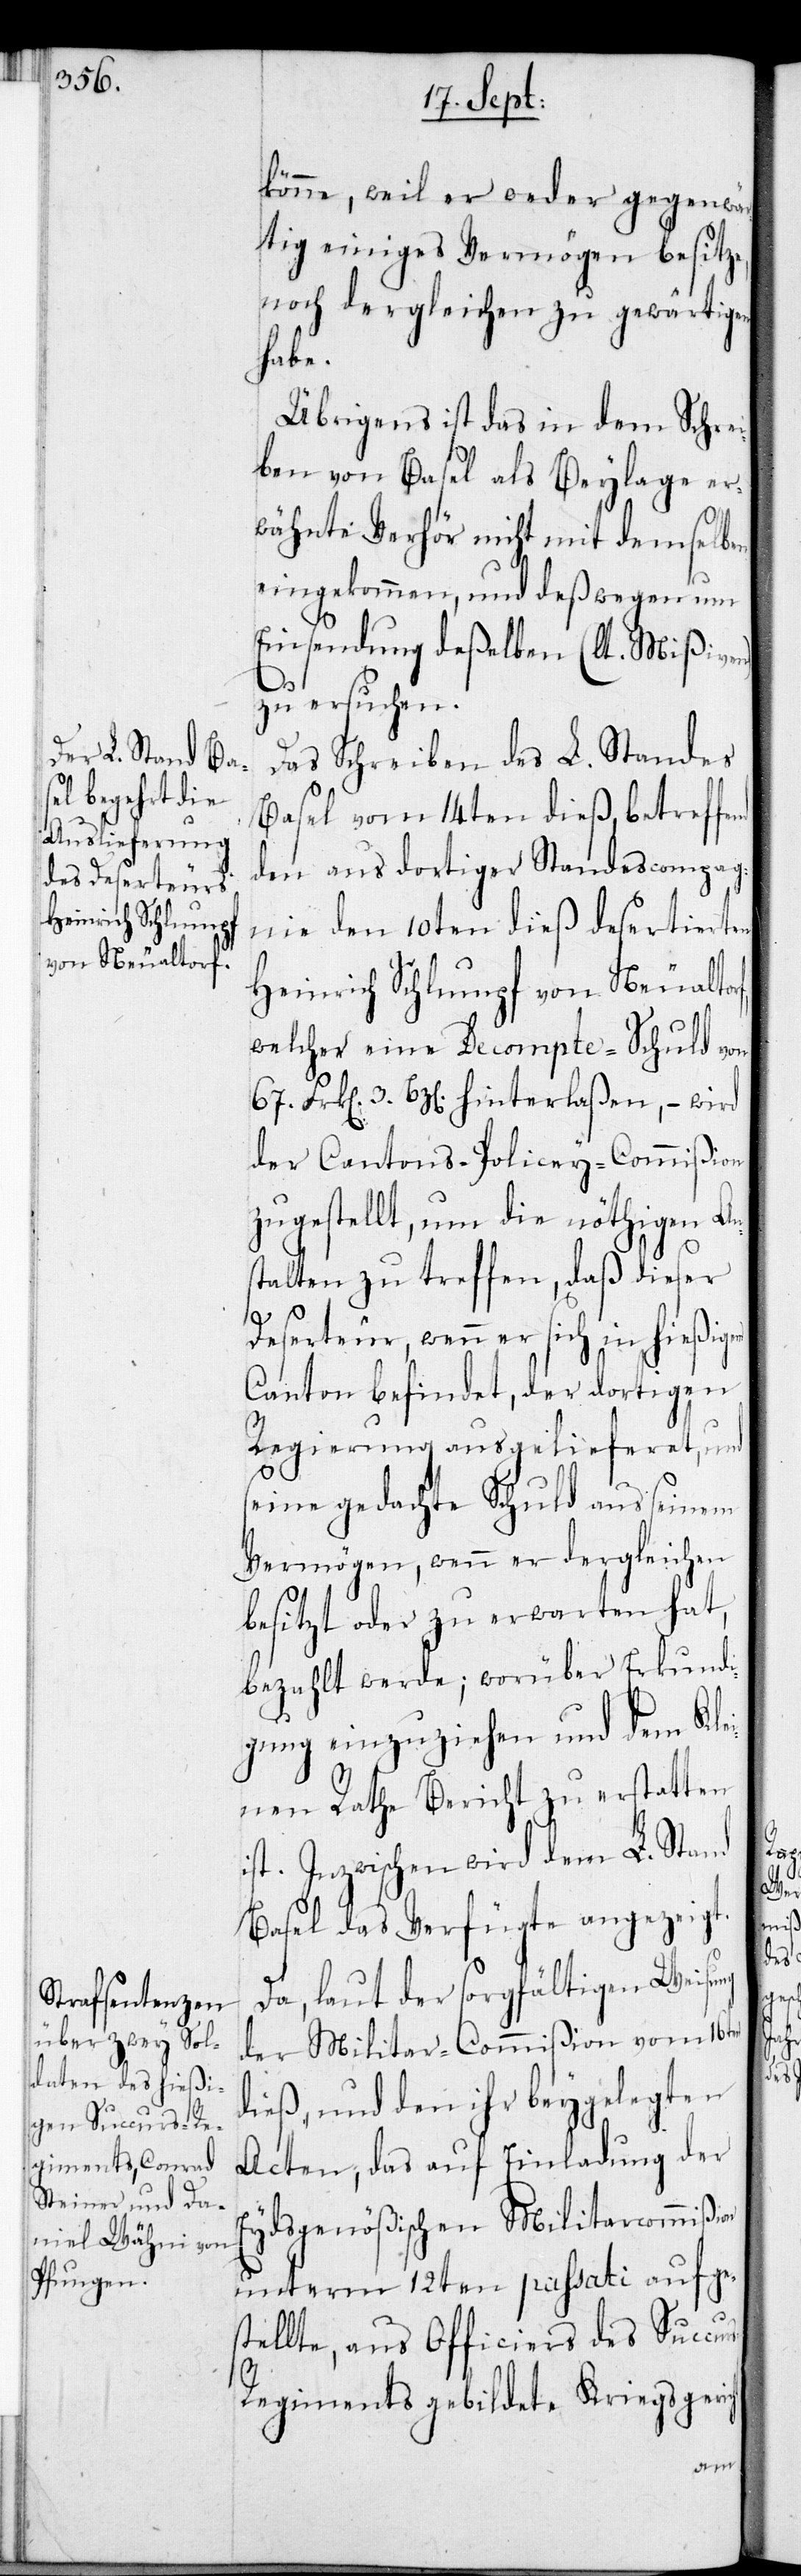
Heinrich Schlumpf
von Neualtorf,

könne, weil er weder gegenwär¬
tig einiges Vermögen besitze,
noch dergleichen zu gewärtigen
habe.
Übrigens ist das in dem Schrei¬
ben von Basel als Beylage er¬
wähnte Verhör nicht mit demselben
eingekommen, und deßwegen nun
Einsendung deßelben (lt. Mißiven)
zu ersuchen.
Das Schreiben des L. Standes
Basel vom 14ten dieß, betreffend
den aus dortiger Standescompag¬
nie den 10ten dieß desertierten
welcher eine Decompte-Schuld von
3. Bz[en] hinterlaßen, – wird
der Cantons-Policey-Commißion
zugestellt, um die nöthigen Ans¬
talten zu treffen, daß dieser
Deserteur, wenn er sich in hießigem
Canton befindet, der dortigen
Regierung ausgelieferet, und
seine gedachte Schuld aus seinem
Vermögen, wenn er dergleichen
besitzt oder zu erwarten hat,
bezahlt werde; worüber Erkundi¬
gung einzuziehen und dem Klei¬
nen Rathe Bericht zu erstatten
ist. Inzwischen wird dem L. Stand
Basel das Verfügte angezeigt.
Da, laut der sorgfältigen Weisung
der Militar-Commißion vom 16ten
dieß, und den ihr beygelegten
Acten, das auf Einladung der
Eydsgenößischen Militarcommißion
unterm 12ten passati aufge¬
stellte, aus Officiers des Succur¬
egiments gebildete Kriegsgeri¬

cht